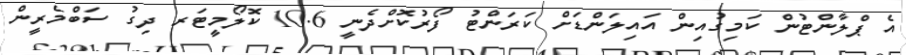
އެ ޕްލާންޓުން ކަމިގުއިން އައިލަންޑަށް ކަރަންޓު ފޯރުކޮށްދެނީ 10.6 ކޮލޯމީޓަރ ދިގު ސަބްމެރީން